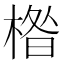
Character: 𱣹